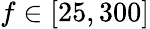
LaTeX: f\in[25,300]